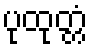
ပုထုတ္တံ